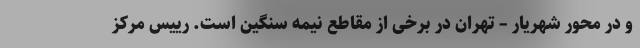
و در محور شهریار – تهران در برخی از مقاطع نیمه سنگین است. رییس مرکز